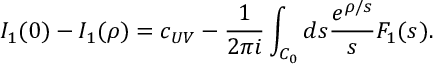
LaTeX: I _ { 1 } ( 0 ) - I _ { 1 } ( \rho ) = c _ { U V } - \frac { 1 } { 2 \pi i } \int _ { C _ { 0 } } d s \frac { e ^ { \rho / s } } { s } F _ { 1 } ( s ^ { } ) .